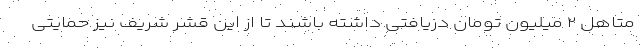
متاهل ۲ میلیون تومان دریافتی داشته باشند تا از این قشر شریف نیز حمایتی